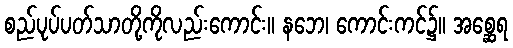
စည်ပုပ်ပတ်သာတို့ကိုလည်းကောင်း။ နဘေ၊ ကောင်းကင်၌။ အစ္ဆေရ